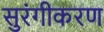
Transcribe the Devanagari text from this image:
सुरंगीकरण